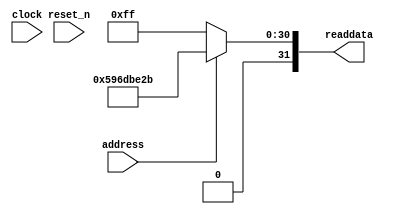
module soc_design_SystemID_4 (
                address,
                clock,
                reset_n,
                readdata
             )
;
  output  [ 31: 0] readdata;
  input            address;
  input            clock;
  input            reset_n;
  wire    [ 31: 0] readdata;
  assign readdata = address ? 1500364331 : 255;
endmodule